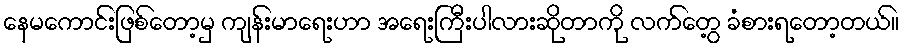
နေမကောင်းဖြစ်တော့မှ ကျန်းမာရေးဟာ အရေးကြီးပါလားဆိုတာကို လက်တွေ့ ခံစားရတော့တယ်။